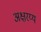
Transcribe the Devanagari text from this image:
अक्षरय्य